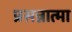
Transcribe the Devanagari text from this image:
प्रसन्नात्मा